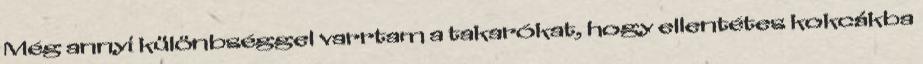
Még annyi különbséggel varrtam a takarókat, hogy ellentétes kokcákba